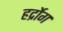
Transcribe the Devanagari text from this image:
हर्द्रोग